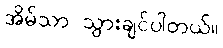
အိမ်သာ သွားချင်ပါတယ်။